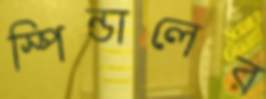
স্পিন্ডালের